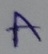
Text: A